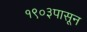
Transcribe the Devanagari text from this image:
१९०३पासून